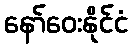
နော်ဝေးနိုင်ငံ